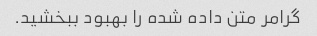
گرامر متن داده شده را بهبود ببخشید.